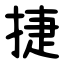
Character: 捷